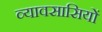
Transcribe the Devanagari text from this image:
व्यावसासियों